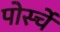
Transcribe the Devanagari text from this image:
पोर्स्चे